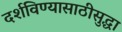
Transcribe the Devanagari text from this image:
दर्शविण्यासाठीसुद्धा